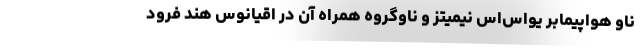
ناو هواپیمابر یواس‌اس نیمیتز و ناوگروه همراه آن در اقیانوس هند فرود